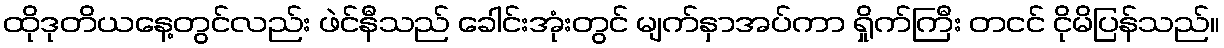
ထိုဒုတိယနေ့တွင်လည်း ဖဲင်နီသည် ခေါင်းအုံးတွင် မျက်နှာအပ်ကာ ရှိုက်ကြီး တငင် ငိုမိပြန်သည်။